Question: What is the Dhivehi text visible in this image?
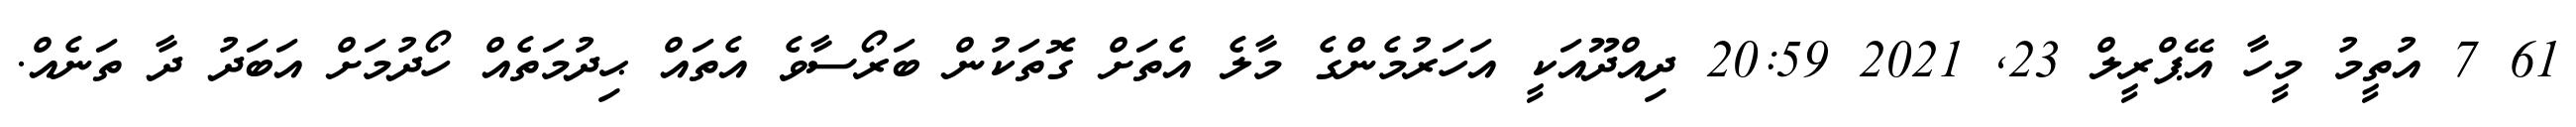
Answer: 61 7 އުތީމު މީހާ އޭޕްރީލް 23, 2021 20:59 ދިއްދޫއަކީ އަހަރުމެންގެ މާލެ އެތަށް ގޮތަކުން ބަރޯސާވެ އެތައް ޙިދުމަތެއް ހޯދުމަށް އަބަދު ދާ ތަނެއް.